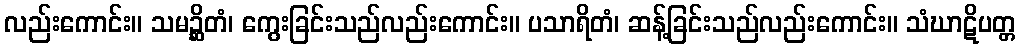
လည်းကောင်း။ သမဉ္ဆိတံ၊ ကွေးခြင်းသည်လည်းကောင်း။ ပသာရိတံ၊ ဆန့်ခြင်းသည်လည်းကောင်း။ သံဃာဋိပတ္တ